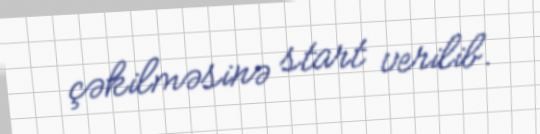
çəkilməsinə start verilib.